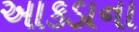
આકડાના